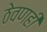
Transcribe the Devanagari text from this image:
ठेवणही